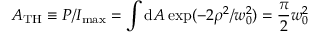
A _ { \mathrm { T H } } \equiv P / I _ { \mathrm { m a x } } = \int \mathrm { d } A \exp ( - 2 \rho ^ { 2 } / w _ { 0 } ^ { 2 } ) = \frac { \pi } { 2 } w _ { 0 } ^ { 2 }